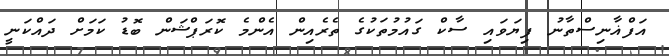
އަފްޣާނިސްތާނު ފިޔަވައި ސާކް ގައުމުތަކުގެ ތެރެއިން އެންމެ ކޮރަޕްޝަން ބޮޑު ކަމަށް ދައްކަނީ